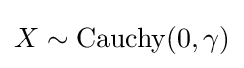
X\sim \mathrm {Cauchy} (0,\gamma )